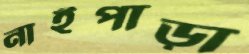
নাইপাড়া